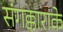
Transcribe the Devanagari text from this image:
संगक्काराके